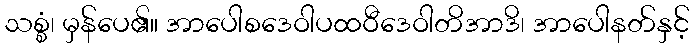
သစ္စံ၊ မှန်ပေ၏။ အာပေါစဒေဝါပထဝီဒေဝါတိအာဒိ၊ အာပေါနတ်နှင့်